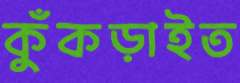
কুঁকড়াইত